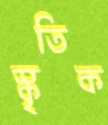
স্কৃতিক